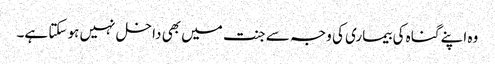
وہ اپنے گناہ کی بیماری کی وجہ سے جنت میں بھی داخل نہیں ہو سکتا ہے۔